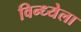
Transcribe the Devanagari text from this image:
विन्ध्येला